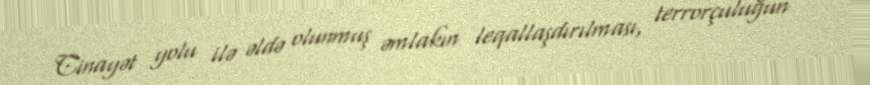
Cinayət yolu ilə əldə olunmuş əmlakın leqallaşdırılması, terrorçuluğun